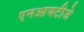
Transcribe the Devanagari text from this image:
एनआयटीजे